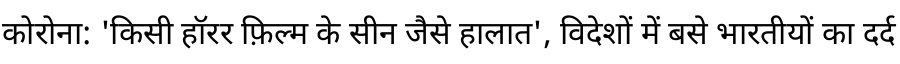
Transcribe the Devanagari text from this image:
कोरोना: 'किसी हॉरर फ़िल्म के सीन जैसे हालात', विदेशों में बसे भारतीयों का दर्द